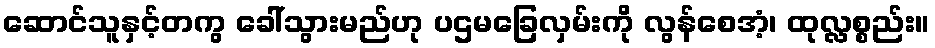
ဆောင်သူနှင့်တကွ ခေါ်သွားမည်ဟု ပဌမခြေလှမ်းကို လွန်စေအံ့၊ ထုလ္လစ္စည်း။